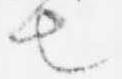
也